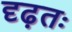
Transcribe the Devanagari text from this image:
दृढ़तः